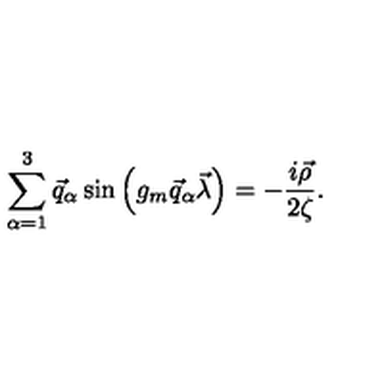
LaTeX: \sum _ { \alpha = 1 } ^ { 3 } \vec { q } _ { \alpha } \sin \left( g _ { m } \vec { q } _ { \alpha } \vec { \lambda } \right) = - \frac { i \vec { \rho } } { 2 \zeta } .